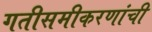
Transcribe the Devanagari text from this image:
गतीसमीकरणांची